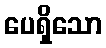
ပေရှိသော